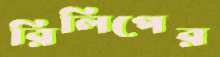
রিলিপের